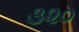
૩૨૦